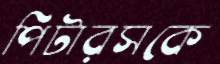
পিটারসকে